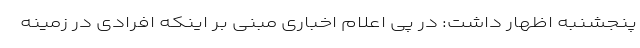
پنجشنبه اظهار داشت: در پی اعلام اخباری مبنی بر اینکه افرادی در زمینه